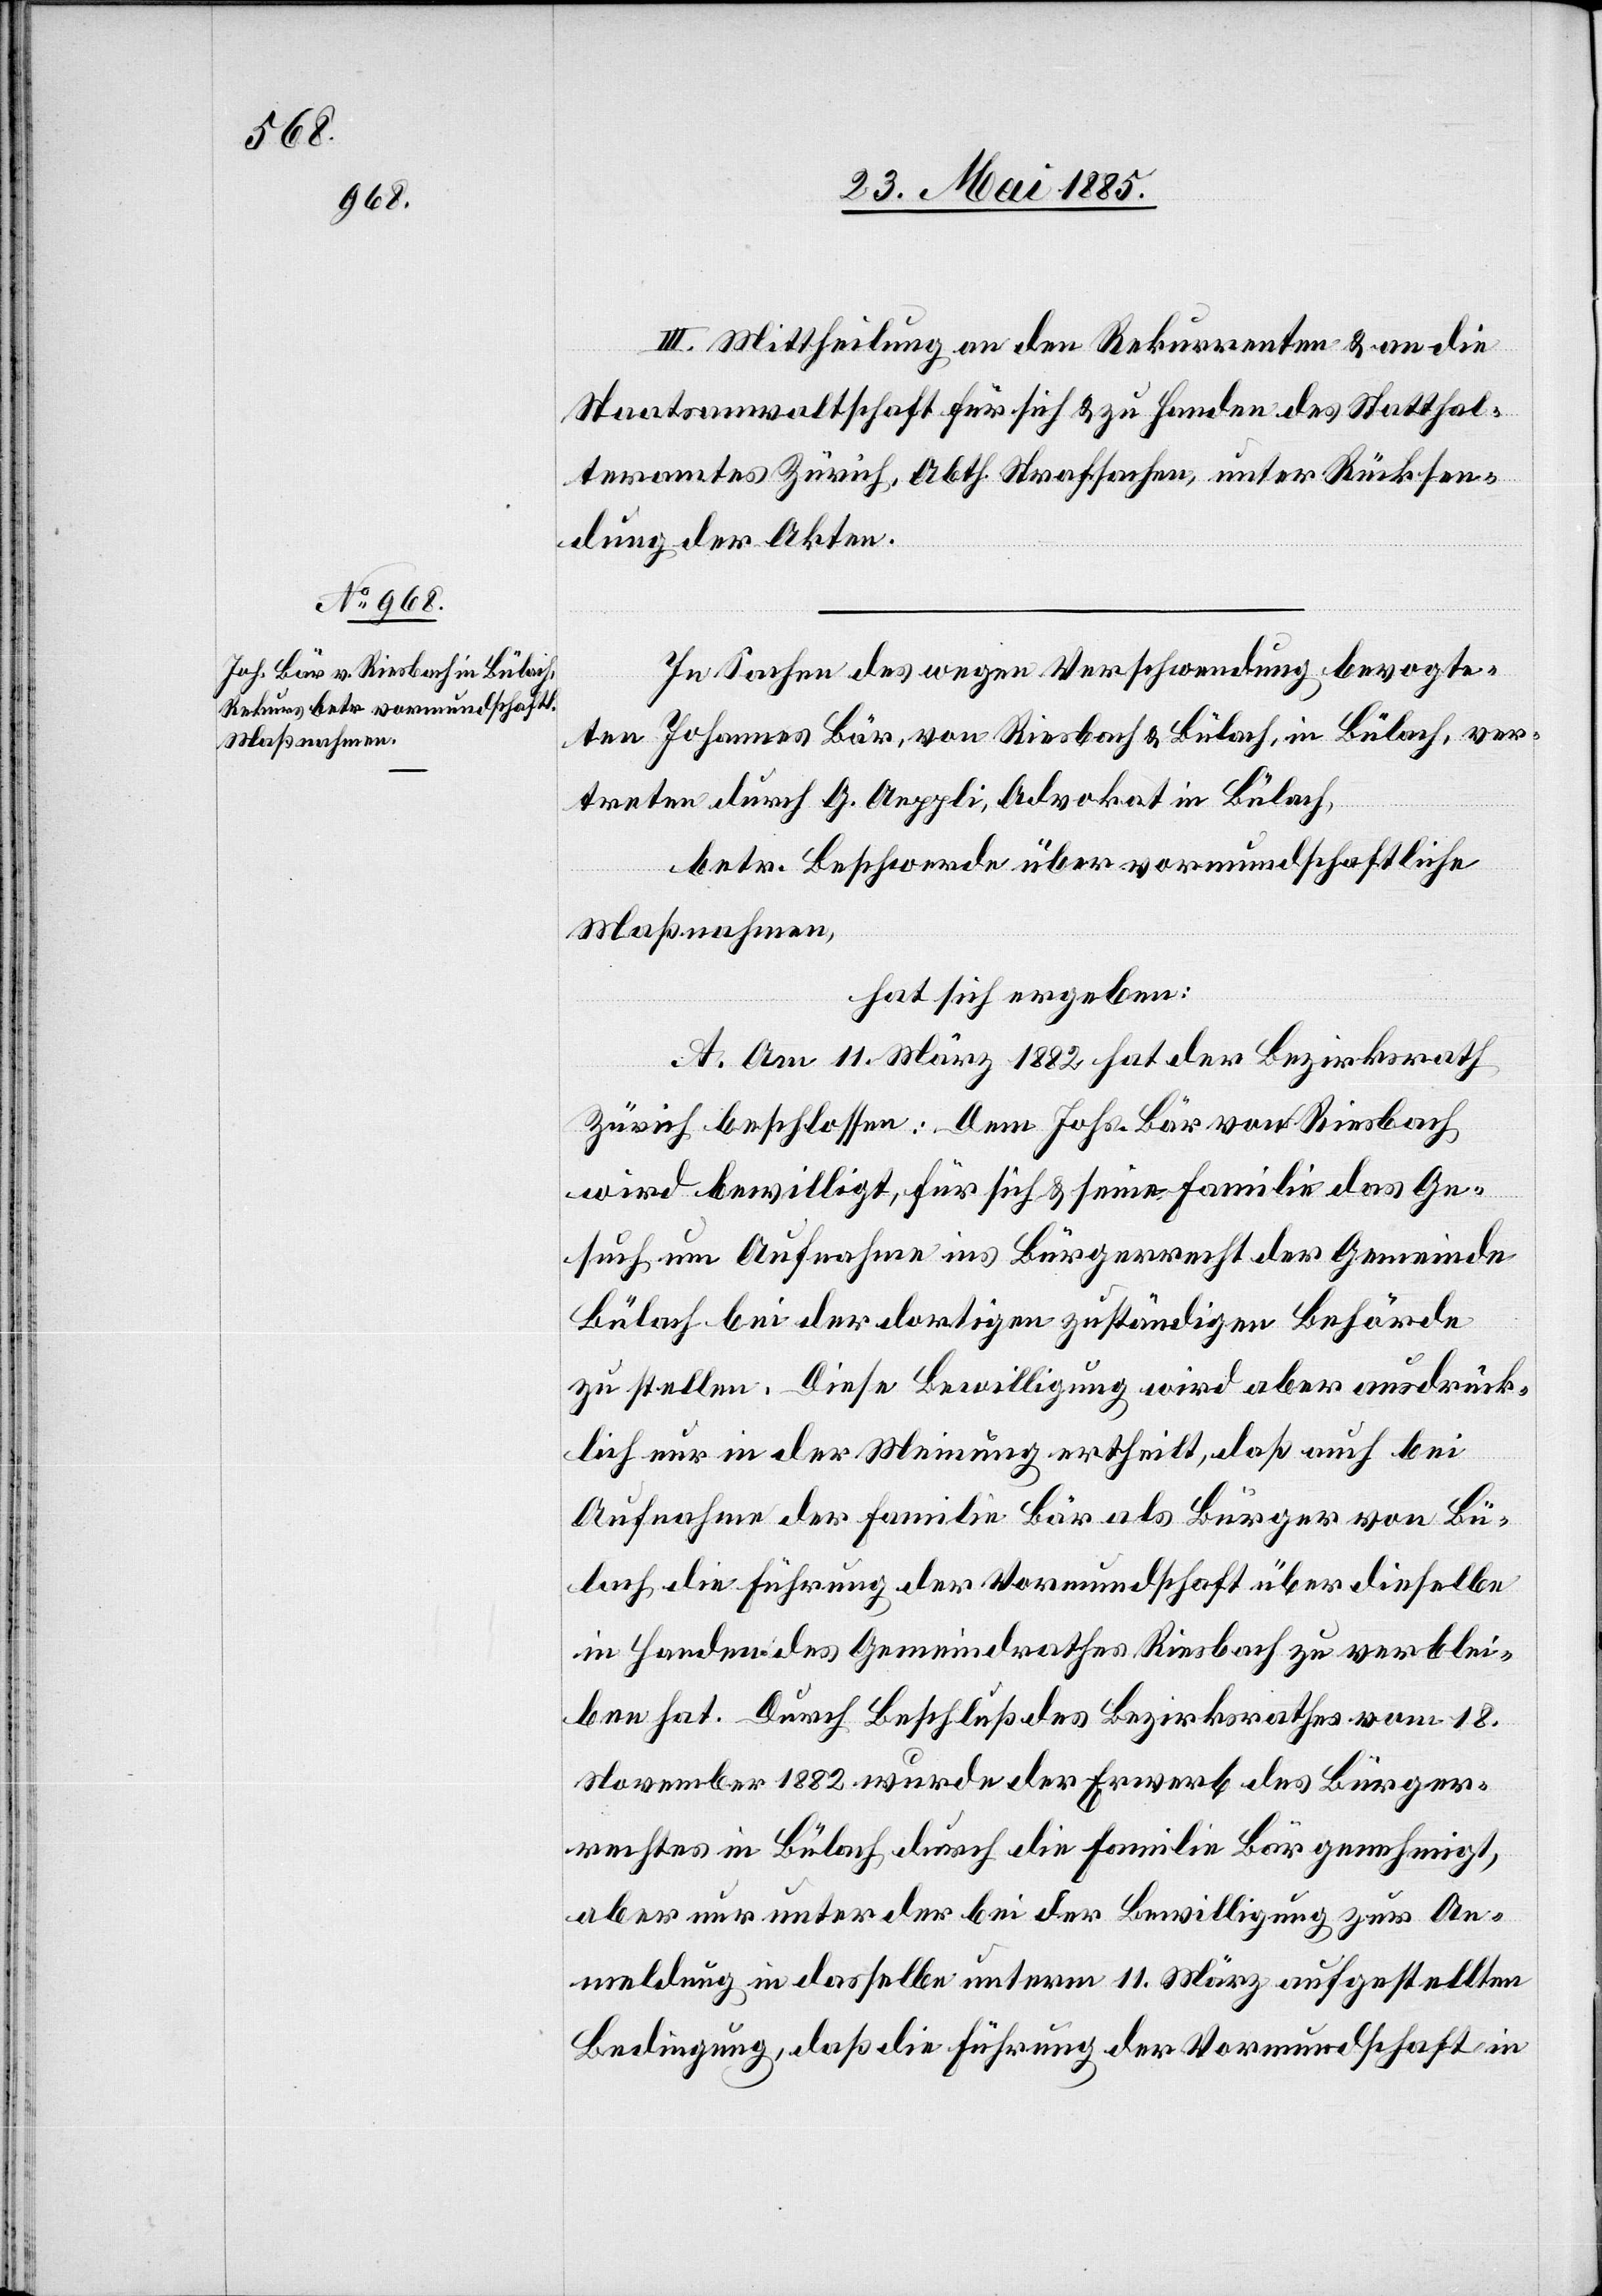
III. Mittheilung an den Rekurrenten & an die
Staatsanwaltschaft für sich & zu Handen des Statthal¬
teramtes Zürich, Abth. Strafsachen, unter Rücksen¬
dung der Akten.
In Sachen des wegen Verschwendung bevogte¬
ten Johannes Bär, von Riesbach & Bülach, in Bülach, ver¬
treten durch G. Aeppli, Advokat in Bülach,
betr. Beschwerde über vormundschaftliche
Maßnahmen,
hat sich ergeben:
A. Am 11. März 1882 hat der Bezirksrath
Zürich beschlossen: Dem Johs. Bär von Riesbach
wird bewilligt, für sich & seine Familie das Ge¬
such um Aufnahme ins Bürgerrecht der Gemeinde
Bülach bei der dortigen zuständigen Behörde
zu stellen. Diese Bewilligung wird aber ausdrück¬
lich nur in der Meinung ertheilt, daß auch bei
Aufnahme der Familie Bär als Bürger von Bü¬
lach die Führung der Vormundschaft über dieselbe
in Handen des Gemeindrathes Riesbach zu verblei¬
ben hat. Durch Beschluß des Bezirksrathes vom 18.
November 1882 wurde der Erwerb des Bürger¬
rechtes in Bülach durch die Familie Bär genehmigt,
aber nur unter der bei der Bewilligung zur An¬
meldung in dasselbe unterm 11. März aufgestellten
Bedingung, daß die Führung der Vormundschaft in